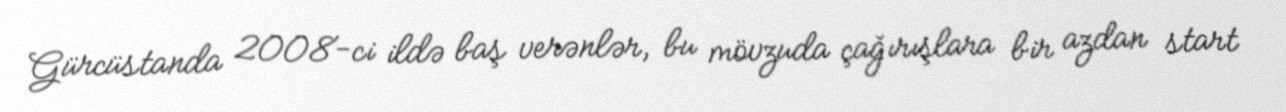
Gürcüstanda 2008-ci ildə baş verənlər, bu mövzuda çağırışlara bir azdan start